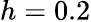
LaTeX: h=0.2